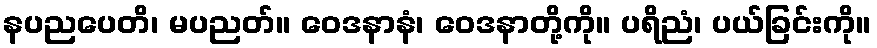
နပညပေတိ၊ မပညတ်။ ဝေဒနာနံ၊ ဝေဒနာတို့ကို။ ပရိညံ၊ ပယ်ခြင်းကို။